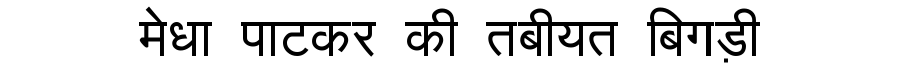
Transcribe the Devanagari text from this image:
मेधा पाटकर की तबीयत बिगड़ी